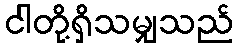
ငါတို့ရှိသမျှသည်